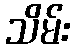
သိမ်း